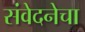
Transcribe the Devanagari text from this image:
संवेदनेचा